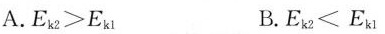
A.$$E _ { k2 } > E _ { k1 }$$ B.$$E _ { k2 } < E _ { k1 }$$